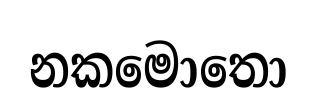
නකමොතො